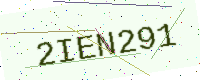
Text: 2IEN291